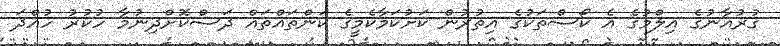
ޤުރުއާނުގެ އިލްމުގެ އެ ކޯސްތަކުގެ އިތުރުން ކަށުކަމާކެމީގެ ކަންތައްތައް ދަސްކޮށްދިނުމާ ހުކުރު ހުއްދަ